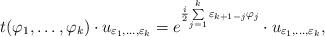
LaTeX: \begin{gather*}t(\varphi_1,\dots,\varphi_{k})\cdot u_{\varepsilon_1,\dots,\varepsilon_k} =e^{{i\over 2}{\sum\limits_{j=1}^{k}\varepsilon_{k+1-j}\varphi_j}}\cdot u_{\varepsilon_1,\dots,\varepsilon_k},\end{gather*}